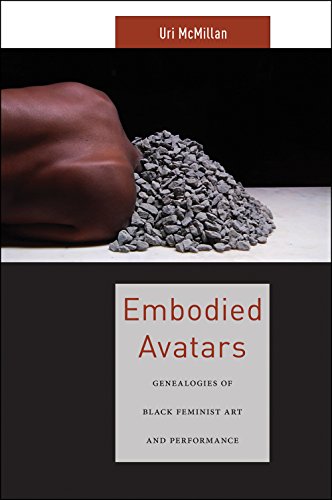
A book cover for Embodied Avatars: Genealogies of Black Feminist Art and Performance (Sexual Cultures); Uri McMillan; Politics & Social Sciences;